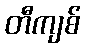
တီကျစ်